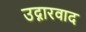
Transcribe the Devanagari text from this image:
उद्गारवाद